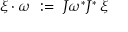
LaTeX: \xi \cdot \omega \ : = \ J \omega ^ { * } J ^ { * } \, \xi